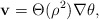
\begin{align*}{\bf v} = \Theta({\rho}^2) \nabla \theta,\end{align*}